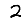
Digit: 2